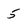
Character: 5